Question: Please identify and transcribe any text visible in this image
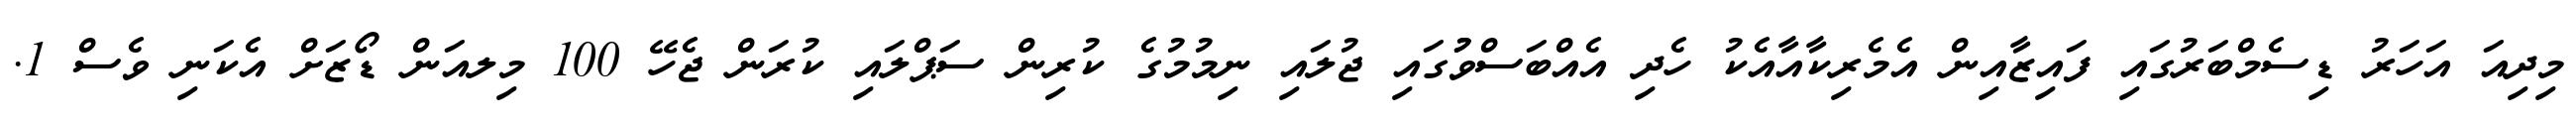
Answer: މިދިއަ އަހަރު ޑިސެމްބަރުގައި ފައިޒާއިން އެމެރިކާއާއެކު ހެދި އެއްބަސްވުުގައި ޖުލައި ނިމުމުގެ ކުރިން ސަޕްލައި ކުރަން ޖެހޭ 100 މިލއަން ޑޯޒަށް އެކަނި ވެސް 1.